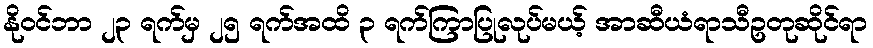
နိုဝင်ဘာ ၂၃ ရက်မှ ၂၅ ရက်အထိ ၃ ရက်ကြာပြုလုပ်မယ့် အာဆီယံရာသီဥတုဆိုင်ရာ